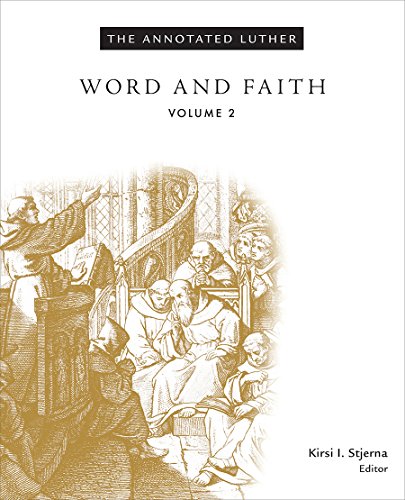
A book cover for The Annotated Luther: Word and Faith, Volume 2; Kirsi I. Stjerna; Christian Books & Bibles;